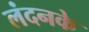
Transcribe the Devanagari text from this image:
लंदनके